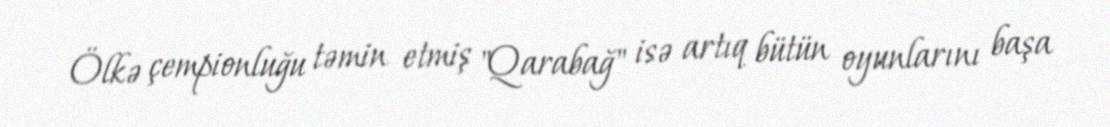
Ölkə çempionluğu təmin etmiş "Qarabağ" isə artıq bütün oyunlarını başa